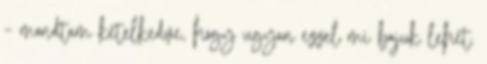
– mondtam kételkedve, hogy ugyan ezzel mi bajuk lehet.